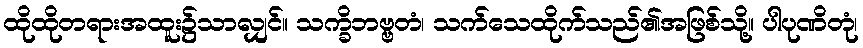
ထိုထိုတရားအထူး၌သာလျှင်။ သက္ခိဘဗ္ဗတံ၊ သက်သေထိုက်သည်၏အဖြစ်သို့။ ပါပုဏိတုံ၊